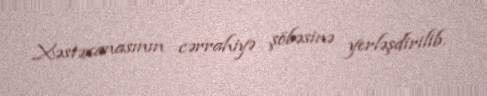
Xəstəxanasının cərrahiyə şöbəsinə yerləşdirilib.